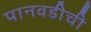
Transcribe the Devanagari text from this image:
पानवडीची